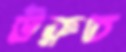
উরুত